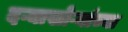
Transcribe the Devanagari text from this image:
दऱ्याखोऱ्यांच्या